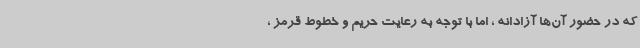
که در حضور آن‌ها آزادانه ، اما با توجه به رعایت حریم و خطوط قرمز ،